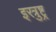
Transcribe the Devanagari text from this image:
इरत्रुष्ट्र